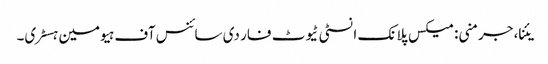
یئنا، جرمنی: میکس پلانک انسٹی ٹیوٹ فار دی سائنس آف ہیومین ہسٹری۔